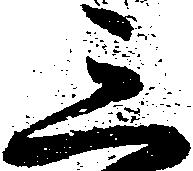
三